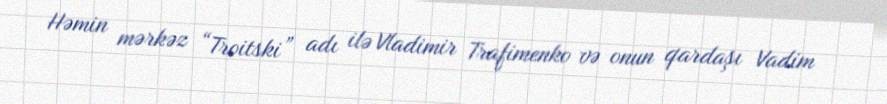
Həmin mərkəz “Troitski” adı ilə Vladimir Trafimenko və onun qardaşı Vadim